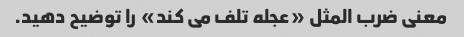
معنی ضرب المثل «عجله تلف می کند» را توضیح دهید.